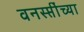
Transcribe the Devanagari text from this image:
वनस्प्तींच्या